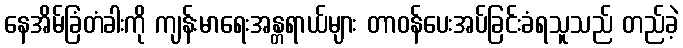
နေအိမ်ခြံတံခါးကို ကျန်းမာရေးအန္တရာယ်များ တာဝန်ပေးအပ်ခြင်းခံရသူသည် တည်ခဲ့